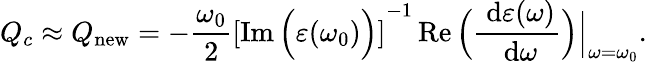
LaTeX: Q_{c}\approx Q_{\mathrm{new}}=-\frac{\omega_{0}}{2}\left[\operatorname{Im}\Big(\varepsilon(\omega_{0})\Big)\right]^{-1}\operatorname{Re}\Big(\frac{\ \mathrm{d}\varepsilon(\omega)}{\ \mathrm{d}\omega}\Big)\Big\vert_{\omega=\omega_{0}}.